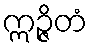
ဣဉ္ဇိတံ